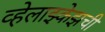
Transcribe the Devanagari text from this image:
व्हेलाझ्केझची